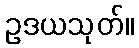
ဥဒယသုတ်။